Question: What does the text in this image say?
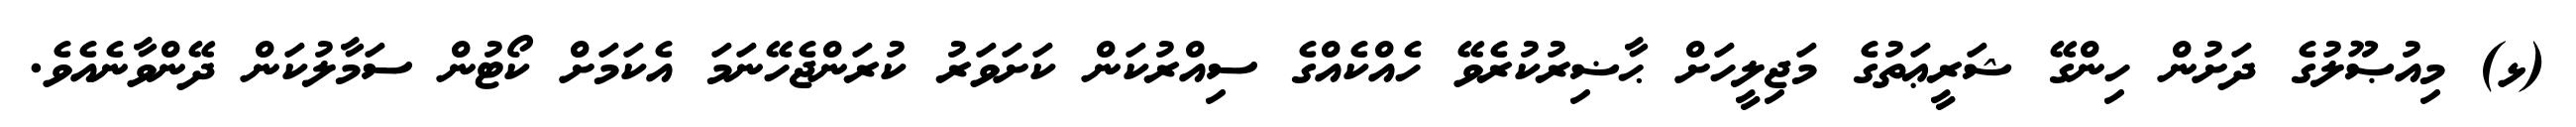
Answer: (ޅ) މިއުޞޫލުގެ ދަށުން ހިންގޭ ޝަރީޢަތުގެ މަޖިލީހަށް ޙާޟިރުކުރެވޭ ހެއްކެއްގެ ސިއްރުކަން ކަށަވަރު ކުރަންޖެހޭނަމަ އެކަމަށް ކޯޓުން ސަމާލުކަން ދޭންވާނެއެވެ.